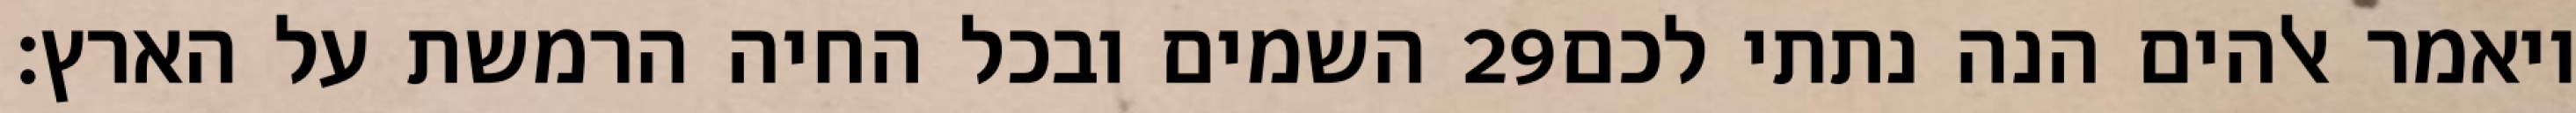
השמים ובכל החיה הרמשת על הארץ׃ ‎29‏ ויאמר אלהים הנה נתתי לכם